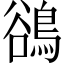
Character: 鵒